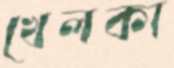
খেলকা